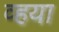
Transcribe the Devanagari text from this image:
व्हया